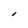
Character: l